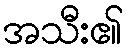
အသီး၏